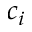
c _ { i }